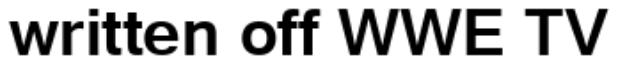
written off WWE TV